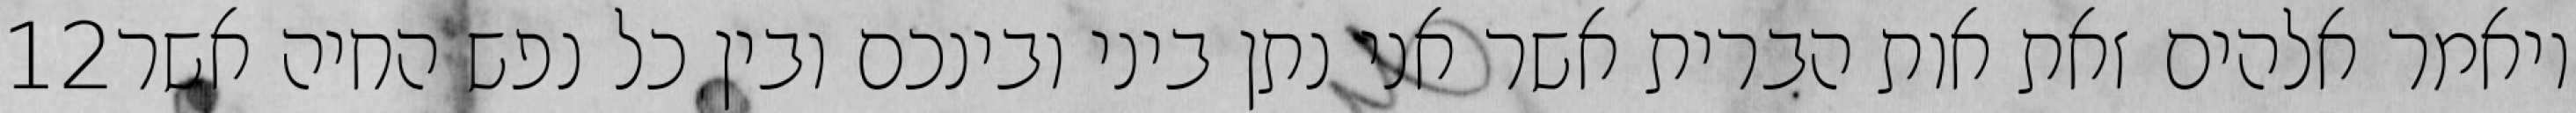
‎12‏ ויאמר אלהים זאת אות הברית אשר אני נתן ביני ובינכם ובין כל נפש החיה אשר